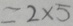
= 2 \times 5